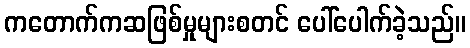
ကတောက်ကဆဖြစ်မှုများစတင် ပေါ်ပေါက်ခဲ့သည်။